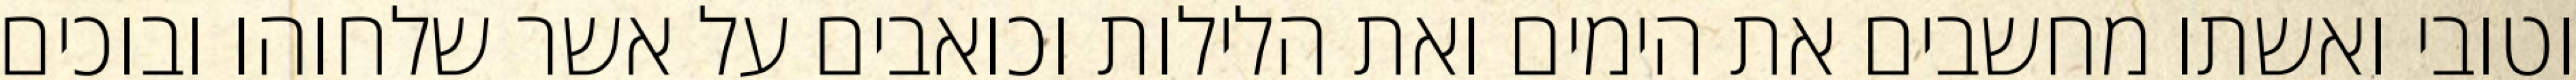
וטובי ואשתו מחשבים את הימים ואת הלילות וכואבים על אשר שלחוהו ובוכים